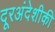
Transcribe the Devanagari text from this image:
दूरअंदेशीकी